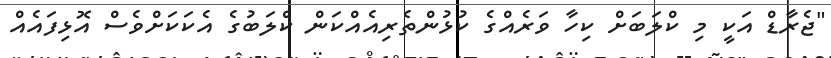
"ޖެރާޑް އަކީ މި ކްލަބަށް ކިހާ ވަރެއްގެ ކުޅުންތެރިއެއްކަން ކްލަބުގެ އެކަކަށްވެސް އޮޅިފައެއް